Vaccination report Assam 1874-1896 - 1874-1896
Year: 1874
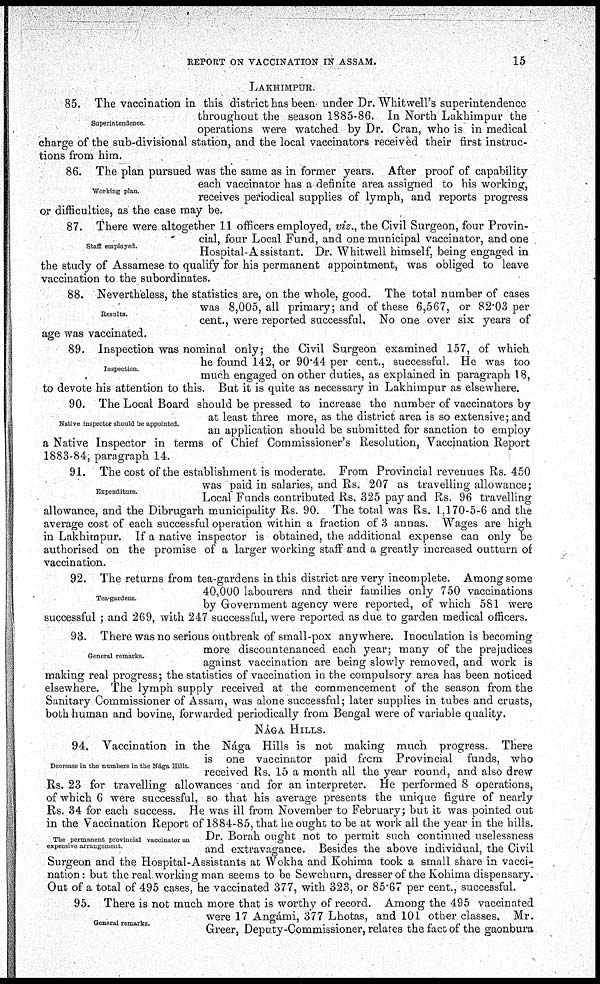
REPORT ON VACCINATION IN ASSAM.
15
LAKHIMPUR.
Superintendence.
85. The vaccination in this district has been under Dr. Whitwell's superintendence
throughout the season 1885-86. In North Lakhimpur the
operations were watched by Dr. Cran, who is in medical
charge of the sub-divisional station, and the local vaccinators received their first instruc-
tions from him.
Working plan.
86. The plan pursued was the same as in former years. After proof of capability
each vaccinator has a definite area assigned to his working,
receives periodical supplies of lymph, and reports progress
or difficulties, as the case may be.
Staff employed.
87. There were altogether 11 officers employed, viz., the Civil Surgeon, four Provin-
cial, four Local Fund, and one municipal vaccinator, and one
Hospital-Assistant. Dr. Whitwell himself, being engaged in
the study of Assamese to qualify for his permanent appointment, was obliged to leave
vaccination to the subordinates.
Results.
88. Nevertheless, the statistics are, on the whole, good. The total number of cases
was 8,005, all primary; and of these 6,567, or 82.03 per
cent., were reported successful. No one over six years of
age was vaccinated.
Inspection.
89. Inspection was nominal only; the Civil Surgeon examined 157, of which
he found 142, or 90.44 per cent., successful. He was too
much engaged on other duties, as explained in paragraph 18,
to devote his attention to this. But it is quite as necessary in Lakhimpur as elsewhere.
Native inspector should be appointed.
90. The Local Board should be pressed to increase the number of vaccinators by
at least three more, as the district area is so extensive; and
an application should be submitted for sanction to employ
a Native Inspector in terms of Chief Commissioner's Resolution, Vaccination Report
1883-84, paragraph 14.
Expenditure.
91. The cost of the establishment is moderate. From Provincial revenues Rs. 450
was paid in salaries, and Rs. 207 as travelling allowance;
Local Funds contributed Rs. 325 pay and Rs. 96 travelling
allowance, and the Dibrugarh municipality Rs. 90. The total was Rs. 1,170-5-6 and the
average cost of each successful operation within a fraction of 3 annas. Wages are high
in Lakhimpur. If a native inspector is obtained, the additional expense can only be
authorised on the promise of a larger working staff and a greatly increased outturn of
vaccination.
Tea-gardens
92. The returns from tea-gardens in this district are very incomplete. Among some
40,000 labourers and their families only 750 vaccinations
by Government agency were reported, of which 581 were
successful ; and 269, with 247 successful, were reported as due to garden medical officers.
General remarks.
93. There was no serious outbreak of small-pox anywhere. Inoculation is becoming
more discountenanced each year; many of the prejudices
against vaccination are being slowly removed, and work is
making real progress; the statistics of vaccination in the compulsory area has been noticed
elsewhere. The lymph supply received at the commencement of the season from the
Sanitary Commissioner of Assam, was alone successful; later supplies in tubes and crusts,
both human and bovine, forwarded periodically from Bengal were of variable quality.
NÁGA HILLS.
Decrease in the numbers in the Nága Hills.
The permanent provincial vaccinator an
expensive arrangement.
94. Vaccination in the Nága Hills is not making much progress. There
is one vaccinator paid from Provincial funds, who
received Rs. 15 a month all the year round, and also drew
Rs. 23 for travelling allowances and for an interpreter. He performed 8 operations,
of which 6 were successful, so that his average presents the unique figure of nearly
Rs. 34 for each success. He was ill from November to February; but it was pointed out
in the Vaccination Report of 1884-85, that he ought to be at work all the year in the hills.
Dr. Borah ought not to permit such continued uselessness
and extravagance. Besides the above individual, the Civil
Surgeon and the Hospital-Assistants at Wokha and Kohima took a small share in vacci-
nation : but the real working man seems to be Sewchurn, dresser of the Kohima dispensary.
Out of a total of 495 cases, he vaccinated 377, with 323, or 85.67 per cent., successful.
General remarks.
95. There is not much more that is worthy of record. Among the 495 vaccinated
were 17 Angámi, 377 Lhotas, and 101 other classes. Mr.
Greer, Deputy-Commissioner, relates the fact of the gaonbura